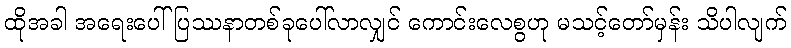
ထိုအခါ အရေးပေါ်ပြဿနာတစ်ခုပေါ်လာလျှင် ကောင်းလေစွဟု မသင့်တော်မှန်း သိပါလျက်